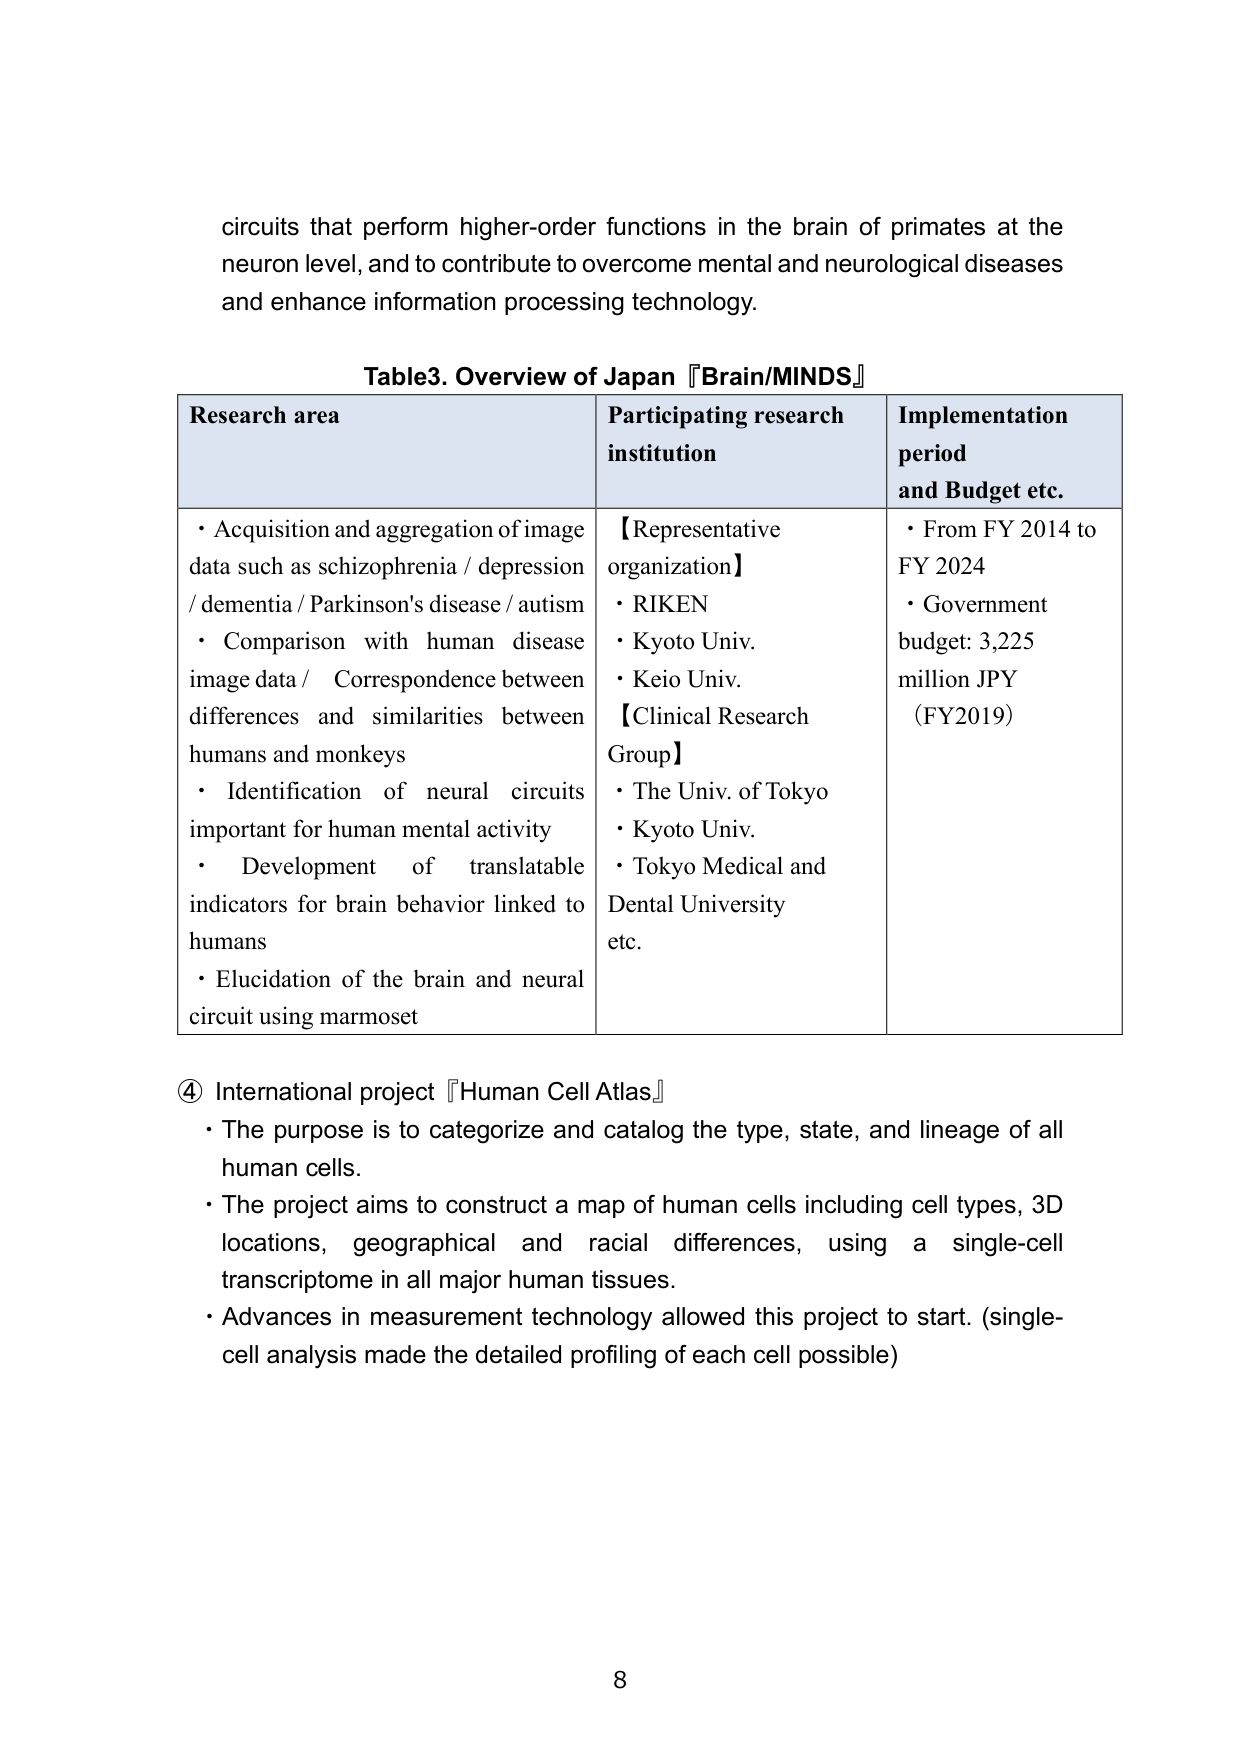
circuits that perform higher-order functions in the brain of primates at the neuron level, and to contribute to overcome mental and neurological diseases and enhance information processing technology.

Table3. Overview of Japan 『Brain/MINDS』

Research area
• Acquisition and aggregation of image data such as schizophrenia / depression / dementia / Parkinson's disease / autism
• Comparison with human disease image data / Correspondence between differences and similarities between humans and monkeys
• Identification of neural circuits important for human mental activity
• Development of translatable indicators for brain behavior linked to humans
• Elucidation of the brain and neural circuit using marmoset

Participating research institution
【Representative organization】
• RIKEN
• Kyoto Univ.
• Keio Univ.
【Clinical Research Group】
• The Univ. of Tokyo
• Kyoto Univ.
• Tokyo Medical and Dental University
etc.

Implementation period and Budget etc.
• From FY 2014 to FY 2024
• Government budget: 3,225 million JPY (FY2019)

④ International project 『Human Cell Atlas』
• The purpose is to categorize and catalog the type, state, and lineage of all human cells.
• The project aims to construct a map of human cells including cell types, 3D locations, geographical and racial differences, using a single-cell transcriptome in all major human tissues.
• Advances in measurement technology allowed this project to start. (single-cell analysis made the detailed profiling of each cell possible)

8